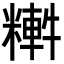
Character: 𥼏